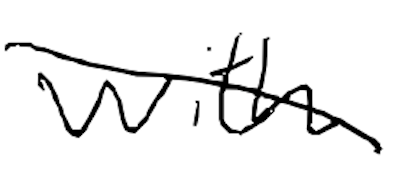
Text: with
Cross-out: diagonal
Writing tool: digital_black